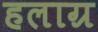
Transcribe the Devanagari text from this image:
हलाग्र